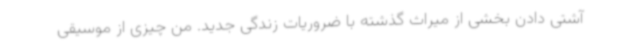
آشتی دادن بخشی از میراث گذشته با ضروریات زندگی جدید. من چیزی از موسیقی